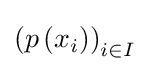
\left(p\left(x_{i}\right)\right)_{i\in I}